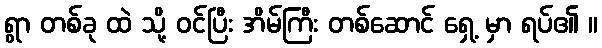
ရွာ တစ်ခု ထဲ သို့ ဝင်ပြီး အိမ်ကြီး တစ်ဆောင် ရှေ့ မှာ ရပ်၏ ။